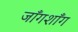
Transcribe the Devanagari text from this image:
जाँगशाँग